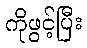
ကိုဖွင့်ပြီး